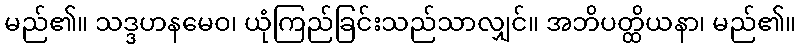
မည်၏။ သဒ္ဒဟနမေဝ၊ ယုံကြည်ခြင်းသည်သာလျှင်။ အဘိပတ္ထိယနာ၊ မည်၏။